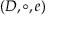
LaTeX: ( D , \circ , e )